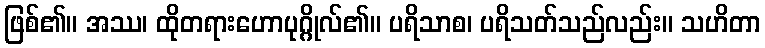
ဖြစ်၏။ အဿ၊ ထိုတရားဟောပုဂ္ဂိုလ်၏။ ပရိသာစ၊ ပရိသတ်သည်လည်း။ သဟိတာ